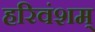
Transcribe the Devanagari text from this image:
हरिवंशम्